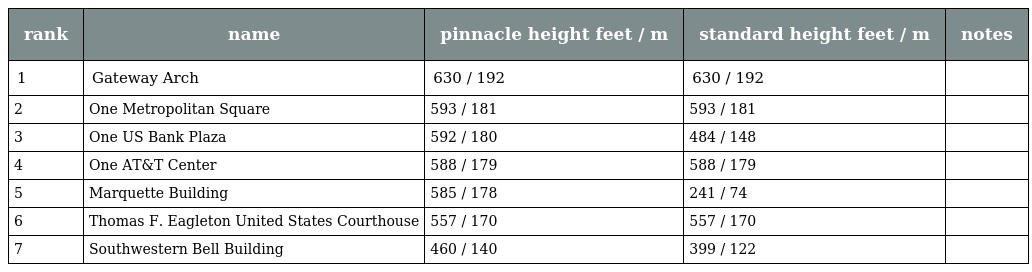
| rank | name | pinnacle height feet / m | standard height feet / m | notes |
 | --- | --- | --- | --- | --- |
 | 1 | Gateway Arch | 630 / 192 | 630 / 192 |  |
 | 2 | One Metropolitan Square | 593 / 181 | 593 / 181 |  |
 | 3 | One US Bank Plaza | 592 / 180 | 484 / 148 |  |
 | 4 | One AT&T Center | 588 / 179 | 588 / 179 |  |
 | 5 | Marquette Building | 585 / 178 | 241 / 74 |  |
 | 6 | Thomas F. Eagleton United States Courthouse | 557 / 170 | 557 / 170 |  |
 | 7 | Southwestern Bell Building | 460 / 140 | 399 / 122 |  |